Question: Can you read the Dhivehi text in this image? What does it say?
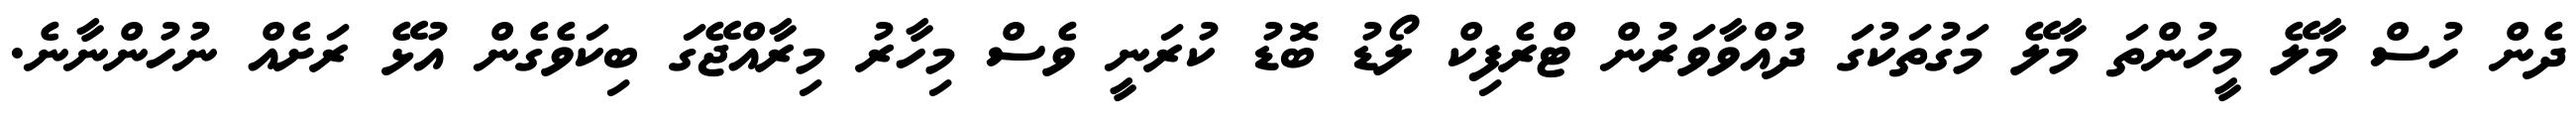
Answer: ދެން ހުސް މާލޭ މީހުންތަ މާލޭ މަގުތަކުގަ ދުއްވާވަރުން ޓްރެފިކް ލޯޑު ބޮޑު ކުރަނީ ވެސް މިހާރު މިރާއްޖޭގަ ބިކަވެގެން އުޅޭ ރަށެއް ނުހުންނާނެ.